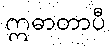
ဣဓာတာပီ